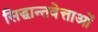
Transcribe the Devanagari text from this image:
सिद्धान्तवेत्ताओं